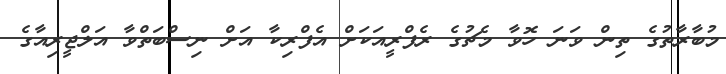
މުބާރާތުގެ ތިން ވަނަ ހޮވާ މެޗުގެ ރެފްރީއަކަށް އެފްރިކާ އަށް ނިސްބަތްވާ އަލްޖީރިއާގެ